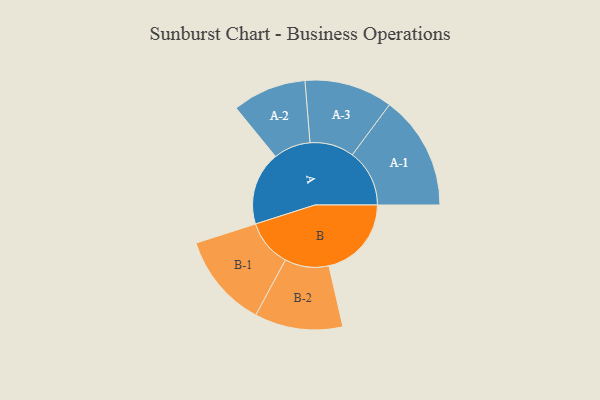
{"axis": {"x": "Segment", "y": "Value"}, "legend": ["", "A", "B"], "data": [{"x": "A", "y": 371, "type": ""}, {"x": "B", "y": 417, "type": ""}, {"x": "A-1", "y": 289, "type": "A"}, {"x": "A-2", "y": 187, "type": "A"}, {"x": "A-3", "y": 223, "type": "A"}, {"x": "B-1", "y": 238, "type": "B"}, {"x": "B-2", "y": 223, "type": "B"}]}